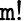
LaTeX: \mathtt{m}!